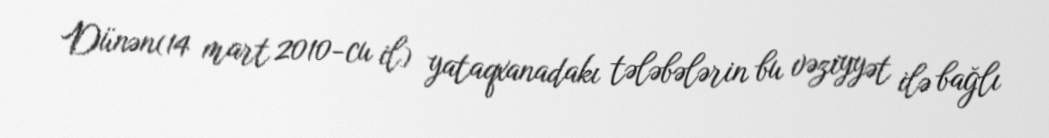
Dünən(14 mart 2010-cu il) yataqxanadakı tələbələrin bu vəziyyət ilə bağlı